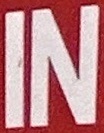
IN